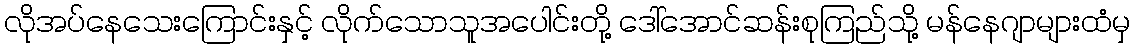
လိုအပ်နေသေးကြောင်းနှင့် လိုက်သောသူအပေါင်းတို့ ဒေါ်အောင်ဆန်းစုကြည်သို့ မန်နေဂျာများထံမှ